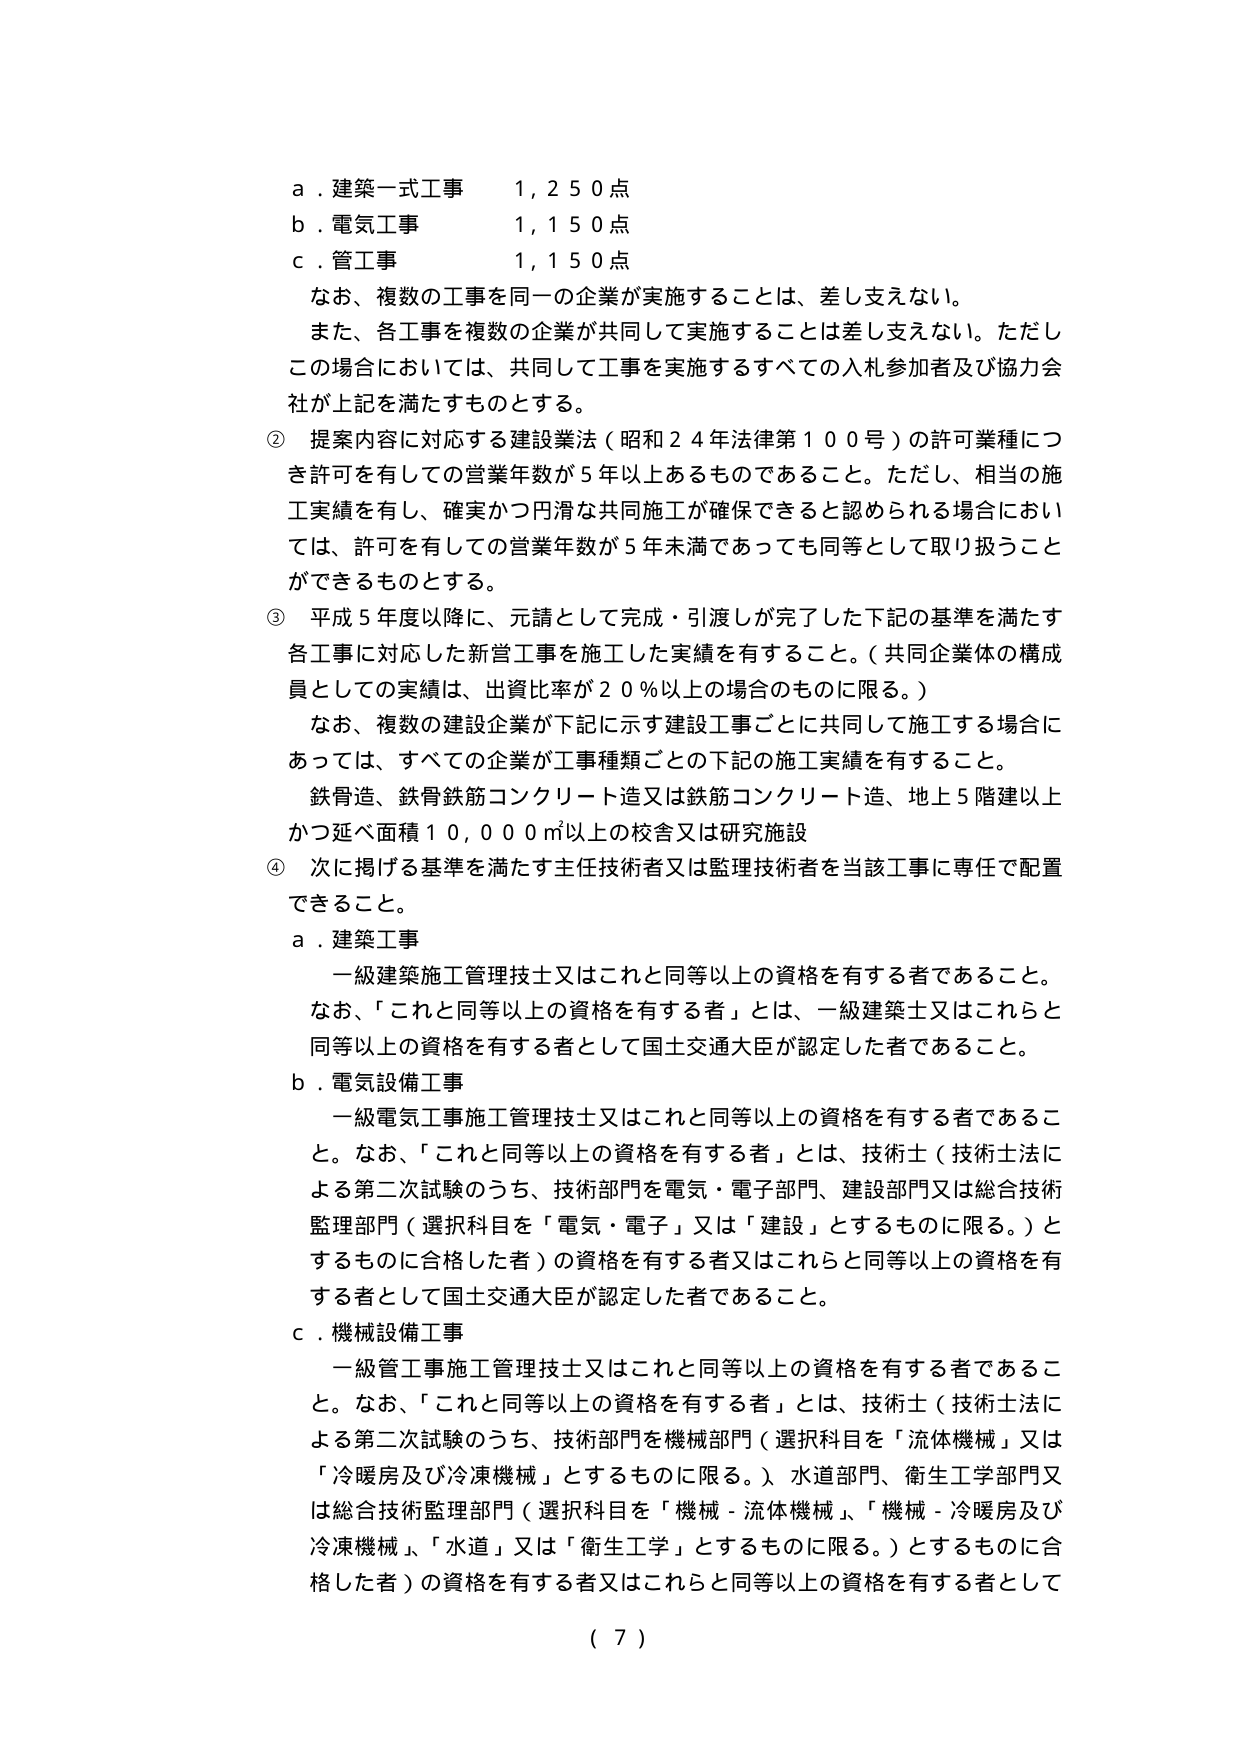
a．建築一式工事　　1,250点
b．電気工事　　　　1,150点
c．管工事　　　　　1,150点

なお、複数の工事を同一の企業が実施することは、差し支えない。
また、各工事を複数の企業が共同して実施することは差し支えない。ただし
この場合においては、共同して工事を実施するすべての入札参加者及び協力会
社が上記を満たすものとする。

② 提案内容に対応する建設業法（昭和24年法律第100号）の許可業種につ
き許可を有しての営業年数が5年以上あるものであること。ただし、相当の施
工実績を有し、確実かつ円滑な共同施工が確保できると認められる場合におい
ては、許可を有しての営業年数が5年未満であっても同等として取り扱うこと
ができるものとする。

③ 平成5年度以降に、元請として完成・引渡しが完了した下記の基準を満たす
各工事に対応した新営工事を施工した実績を有すること。（共同企業体の構成
員としての実績は、出資比率が20％以上の場合のものに限る。）
　なお、複数の建設企業が下記に示す建設工事ごとに共同して施工する場合に
あっては、すべての企業が工事種類ごとの下記の施工実績を有すること。
　鉄骨造、鉄骨鉄筋コンクリート造又は鉄筋コンクリート造、地上5階建以上
かつ延べ面積10,000㎡以上の校舎又は研究施設

④ 次に掲げる基準を満たす主任技術者又は監理技術者を当該工事に専任で配置
できること。
a．建築工事
　一級建築施工管理技士又はこれと同等以上の資格を有する者であること。
　なお、「これと同等以上の資格を有する者」とは、一級建築士又はこれらと
同等以上の資格を有する者として国土交通大臣が認定した者であること。

b．電気設備工事
　一級電気工事施工管理技士又はこれと同等以上の資格を有する者であること。
　なお、「これと同等以上の資格を有する者」とは、技術士（技術士法に
よる第二次試験のうち、技術部門を電気・電子部門、建設部門又は総合技術
監理部門（選択科目を「電気・電子」又は「建設」とするものに限る。）と
するものに合格した者）の資格を有する者又はこれらと同等以上の資格を有
する者として国土交通大臣が認定した者であること。

c．機械設備工事
　一級管工事施工管理技士又はこれと同等以上の資格を有する者であること。
　なお、「これと同等以上の資格を有する者」とは、技術士（技術士法に
よる第二次試験のうち、技術部門を機械部門（選択科目を「流体機械」又は
「冷暖房及び冷凍機械」とするものに限る。）、水道部門、衛生工学部門又
は総合技術監理部門（選択科目を「機械－流体機械」、「機械－冷暖房及び
冷凍機械」、「水道」又は「衛生工学」とするものに限る。）とするものに合
格した者）の資格を有する者又はこれらと同等以上の資格を有する者として

（ 7 ）